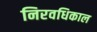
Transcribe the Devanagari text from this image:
निरवधिकाल